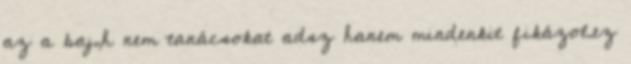
az a baj,h nem tanácsokat adsz hanem mindenkit fikázol.ez